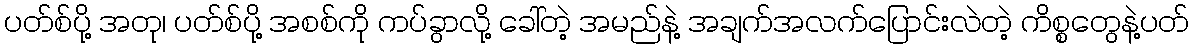
ပတ်စ်ပို့ အတု၊ ပတ်စ်ပို့ အစစ်ကို ကပ်ခွာလို့ ခေါ်တဲ့ အမည်နဲ့ အချက်အလက်ပြောင်းလဲတဲ့ ကိစ္စတွေနဲ့ပတ်